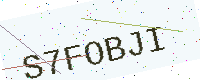
Text: S7FOBJI